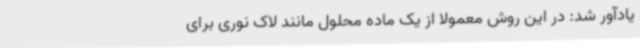
یادآور شد: در این روش معمولاً از یک ماده محلول مانند لاک نوری برای